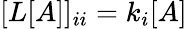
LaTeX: [L[A]]_{ii}=k_{i}[A]